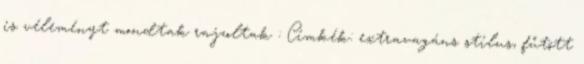
is véleményt mondtak rajzoltak : Címkék: extravagáns stílus, fűtött